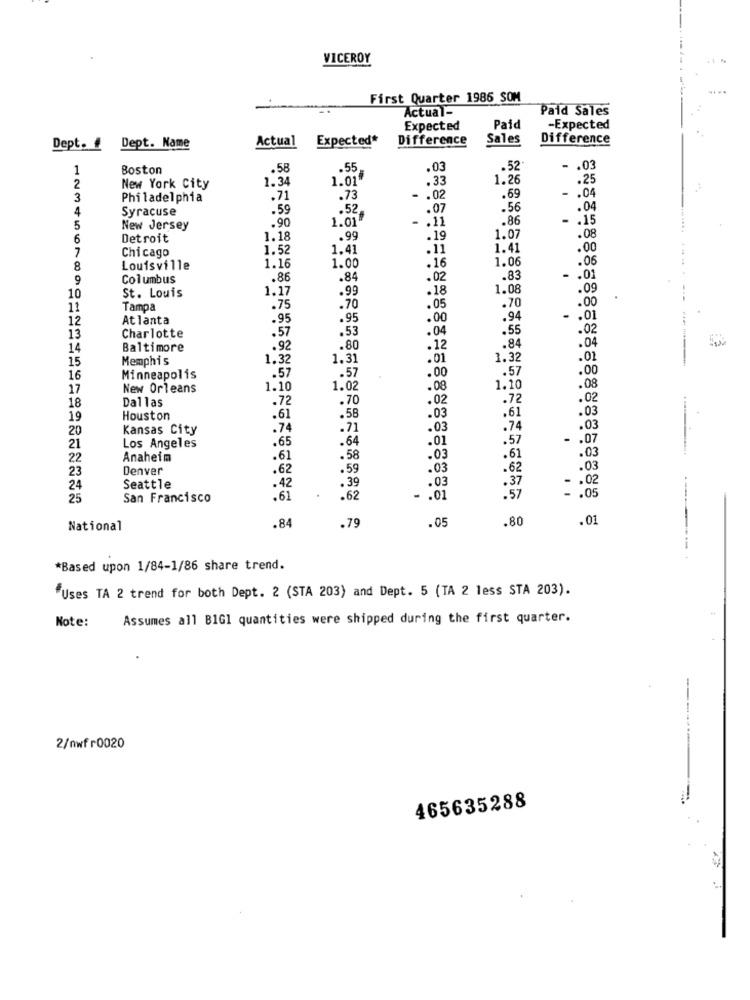
VICEROY
First Quarter 1986 SOM
Actual-
Paid Sales
Expected
Paid
-Expected
Actual
Expected*
Difference
Sales
Difference
Dept.
Dept. Name
1
Boston
.58
.55
.52
- . 03
1.34
1.01"
.33
1.26
.25
2
New York City
- . 04
3
Philadelphia
.71
.73
- . 02
.69
4
Syracuse
.59
.52
.07
.56
.04
.90
1.01
- . 11
.86
- . 15
5
New Jersey
.08
6
Detroit
1.18
.99
.19
1.07
7
Chicago
1.52
1.41
.11
1.41
.00
1.06
.06
8
Louisville
1.16
1.00
.16
.. 4
9
Columbus
.86
.84
.02
.83
- . 01
St. Louis
1.17
.99
.18
1.08
.09
10
.70
.00
---
11
Tampa
.75
.70
.05
12
Atlanta
.95
.95
.00
.94
.
.01
.53
.04
.55
.02
13
Charlotte
.57
.84
.04
14
Baltimore
.92
.80
.12
15
Memphis
1.32
1.31
.01
1.32
.01
.57
.00
.57
.00
16
Minneapolis
.57
17
New Orleans
1.10
1.02
.08
1.10
.08
Dallas
.72
.70
.02
.72
.02
18
.61
.03
19
Houston
.61
.58
.03
20
Kansas City
.74
.71
.03
.74
.03
.65
.64
.01
.57
.07
21
Los Angeles
.03
22
Anaheim
.61
.58
.03
23
Denver
.62
.59
.03
.62
.03
.39
.03
.37
-. 02
24
Seattle
.42
25
San Francisco
.61
.62
- . 01
.57
- . 05
.84
.05
.80
.01
National
.79
*Based upon 1/84-1/86 share trend.
"Uses TA 2 trend for both Dept. 2 (STA 203) and Dept. 5 (TA 2 less STA 203).
Note:
Assumes all BIG1 quantities were shipped during the first quarter.
---
2/nwfr0020
465635288